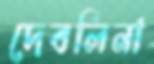
দেবলিনা